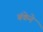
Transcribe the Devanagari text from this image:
बंकेने